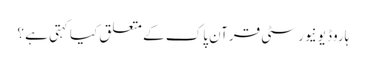
ہاروڈ یونیورسٹی قرآن پاک کے متعلق کیا کہتی ہے ؟